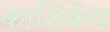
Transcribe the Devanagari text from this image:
काशिकेय